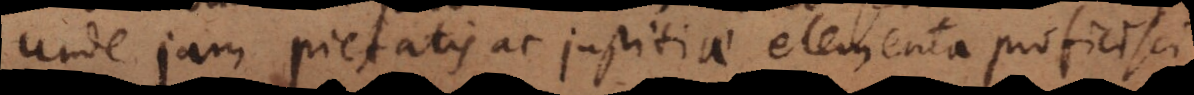
Unde jam pietatis ac justitiae elementa proficisci